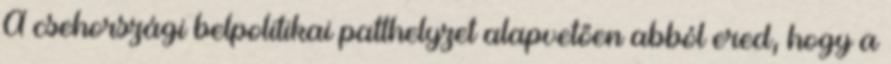
A csehországi belpolitikai patthelyzet alapvetően abból ered, hogy a